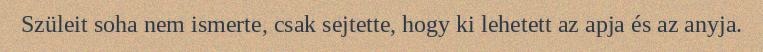
Szüleit soha nem ismerte, csak sejtette, hogy ki lehetett az apja és az anyja.